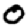
Digit: 0